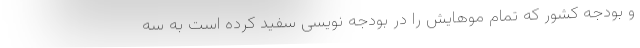
و بودجه کشور که تمام موهایش را در بودجه نویسی سفید کرده است به سه